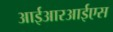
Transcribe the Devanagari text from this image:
आईआरआईएस